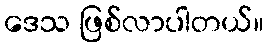
ဒေသ ဖြစ်လာပါတယ်။